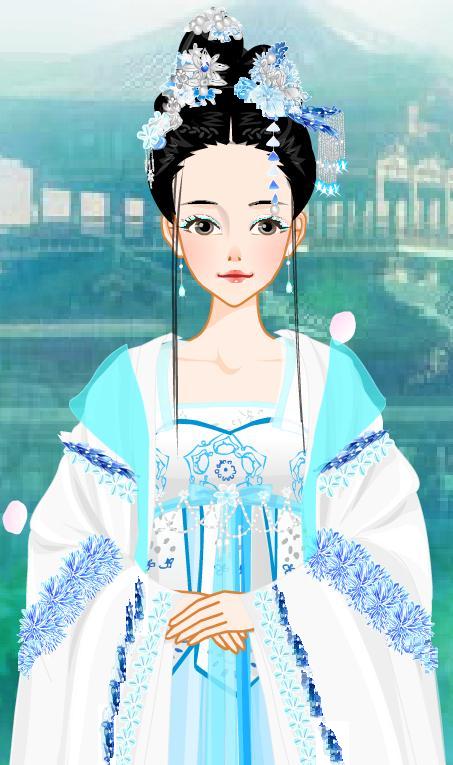
武公不但歌淇澳，贤女犹能唁卫侯。